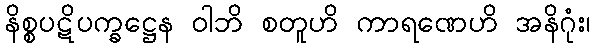
နိစ္စပဋိပက္ခဋ္ဌေန ဝါဘိ စတူဟိ ကာရဏေဟိ အနိဂုံး၊